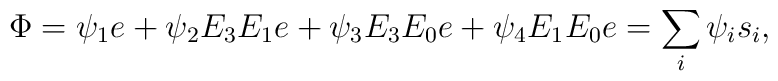
\Phi = \psi_1 e + \psi_2 E_3E_1 e + \psi_3 E_3 E_0 e + \psi_4 E_1 E_0 e = \sum_{i} \psi_i s_i  ,